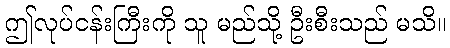
ဤလုပ်ငန်းကြီးကို သူ မည်သို့ ဦးစီးသည် မသိ။